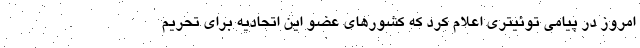
امروز در پیامی توئیتری اعلام کرد که کشورهای عضو این اتحادیه برای تحریم